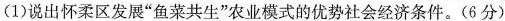
(1)说出怀柔区发展“鱼菜共生”农业模式的优势社会经济条件。(6分)